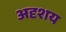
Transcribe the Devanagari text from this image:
अदृशय